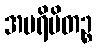
အပရိမိတဉ္စ